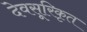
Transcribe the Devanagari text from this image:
देवसूरिकृत